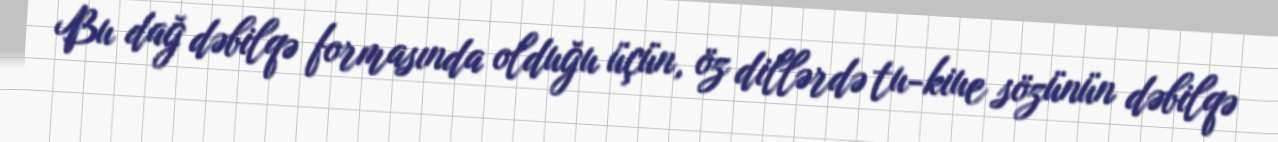
Bu dağ dəbilqə formasında olduğu üçün, öz dillərdə tu-kiue sözünün dəbilqə